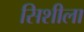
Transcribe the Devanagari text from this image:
सिशीला